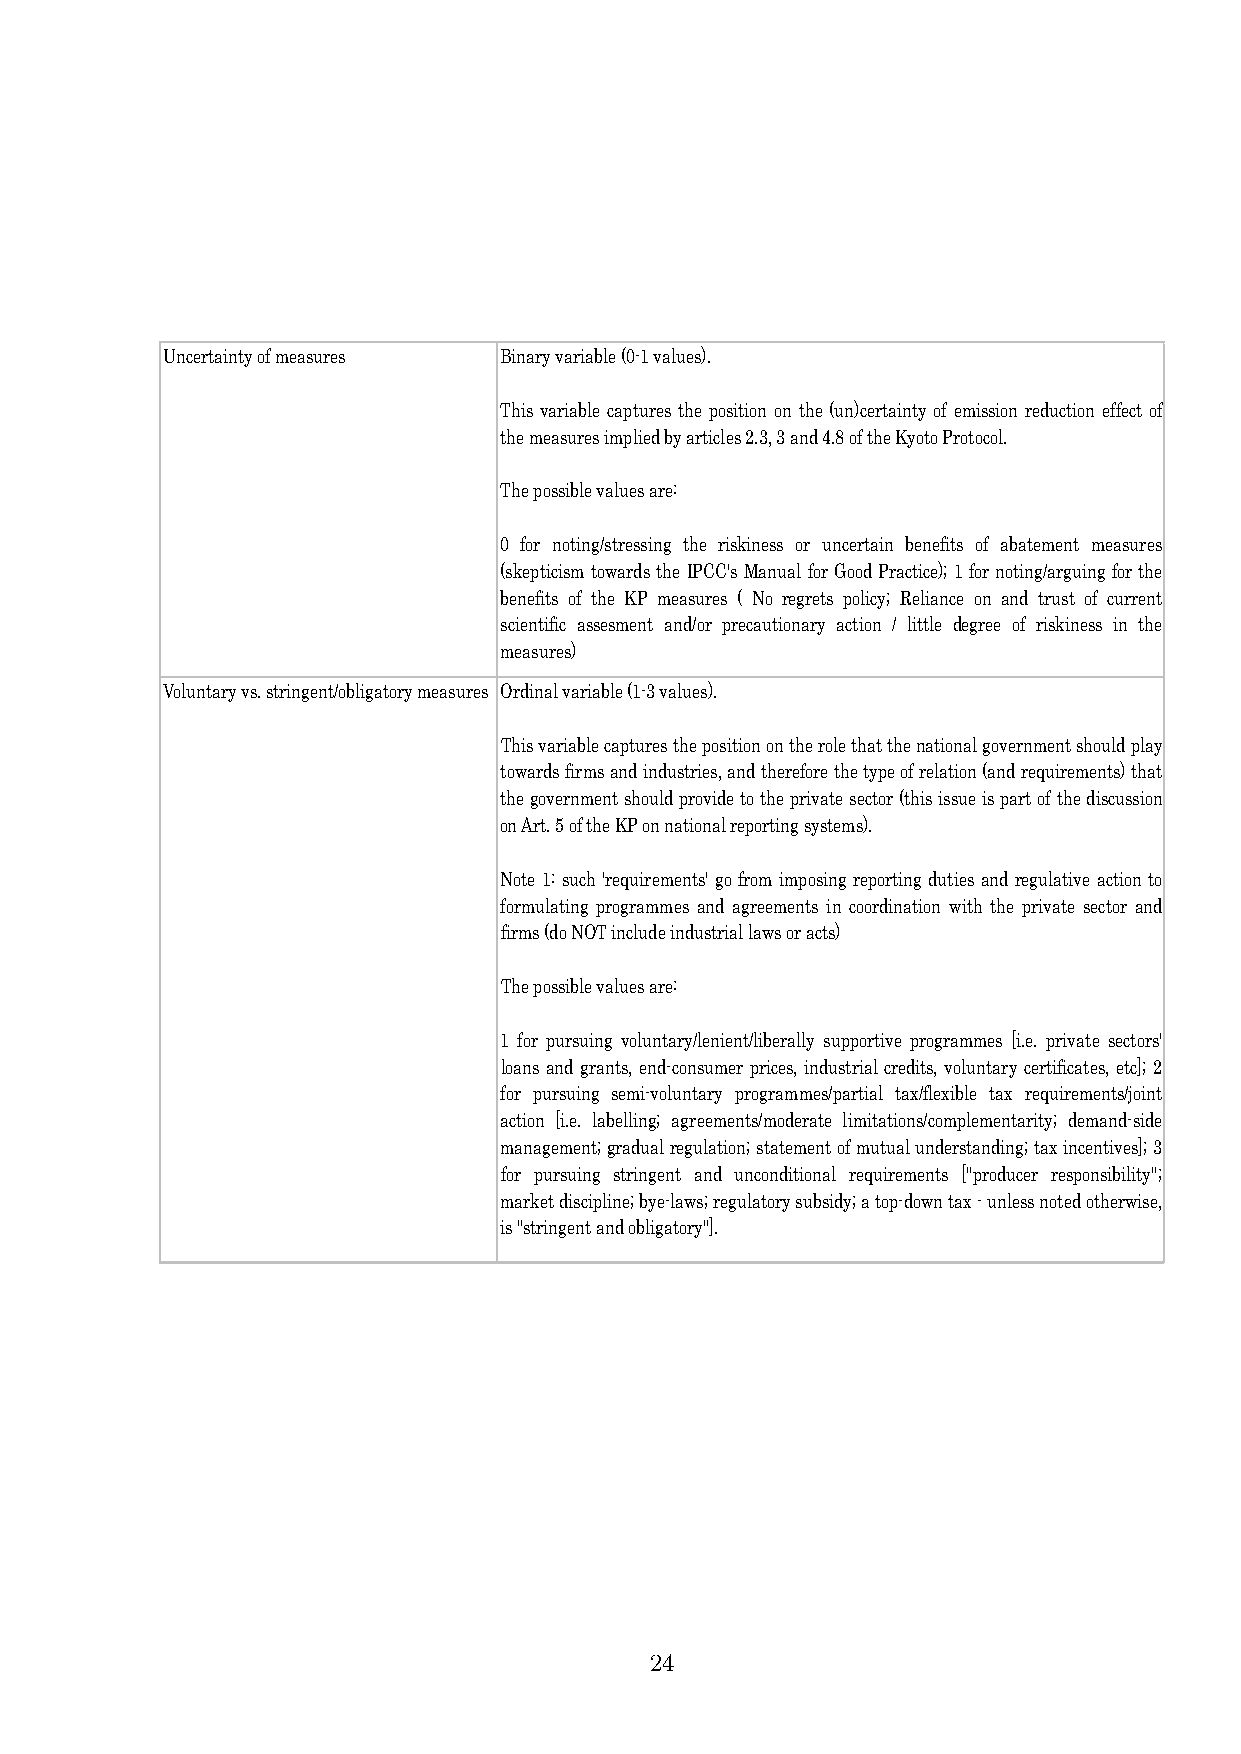
Uncertainty of measures Binary variable (0-1 values).
 This variable captures the position on the (un)certainty of emission reduction effect of
 the measures implied by articles 2.3, 3 and 4.8 of the Kyoto Protocol.
 The possible values are:
 0 for noting/stressing the riskiness or uncertain benefits of abatement measures
 (skepticismtowards theIPCC's Manual forGood Practice);1 fornoting/arguingforthe
 benefits of the KP measures ( No regrets policy; Reliance on and trust of current
 scientific assesment and/or precautionary action / little degree of riskiness in the
 measures)
 Voluntary vs. stringent/obligatory measures Ordinal variable (1-3 values).
 Thisvariablecapturesthepositionontherolethatthenationalgovernmentshouldplay
 towardsfirmsandindustries,andthereforethetypeofrelation(andrequirements)that
 thegovernmentshouldprovidetotheprivatesector(thisissueispartofthediscussion
 on Art. 5 of the KP on national reporting systems).
 Note 1: such 'requirements' go from imposing reporting duties and regulative action to
 formulating programmes and agreements in coordination with the private sector and
 firms (do NOT include industrial laws or acts)
 The possible values are:
 1 for pursuing voluntary/lenient/liberally supportive programmes [i.e. private sectors'
 loans and grants, end-consumer prices, industrial credits, voluntary certificates, etc]; 2
 for pursuing semi-voluntary programmes/partial tax/flexible tax requirements/joint
 action [i.e. labelling; agreements/moderate limitations/complementarity; demand-side
 management;gradualregulation;statementofmutualunderstanding;taxincentives];3
 for pursuing stringent and unconditional requirements ["producer responsibility";
 marketdiscipline;bye-laws;regulatorysubsidy;atop-downtax-unlessnotedotherwise,
 is "stringent and obligatory"].
 24